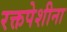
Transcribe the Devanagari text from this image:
रक्तपेशीना